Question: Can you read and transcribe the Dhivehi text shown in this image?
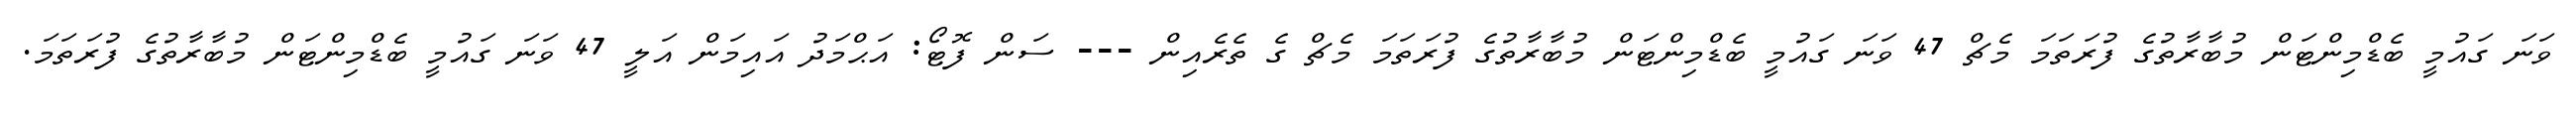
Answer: ވަނަ ގައުމީ ބެޑްމިންޓަން މުބާރާތުގެ ފުރަތަމަ މެޗް 47 ވަނަ ގައުމީ ބެޑްމިންޓަން މުބާރާތުގެ ފުރަތަމަ މެޗް ގެ ތެރެއިން --- ސަން ފޮޓޯ: އަޙްމަދު އައިމަން އަލީ 47 ވަނަ ގައުމީ ބެޑްމިންޓަން މުބާރާތުގެ ފުރަތަމަ.